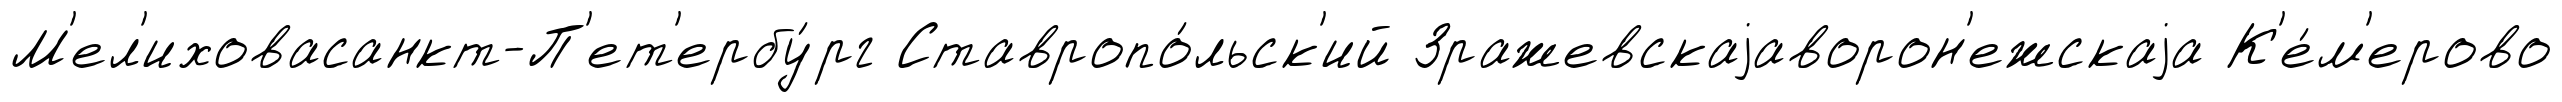
М'ел'иховасанкт-П'ет'ербу́рг Ставропо́льск'ий Зражевскаjаворон'ежскаjа К'е́м'ерово